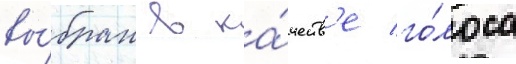
вы́бран в ка́честв'е го́лоса